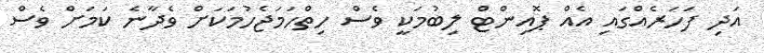
އަދި ފަހަރެއްގައި އެއް ޕޮއިންޓް ލިބުމަކީ ވެސް ހިތްހަމަޖެހުމަކަށް ވެދާނެ ކަމަށް ވެސް